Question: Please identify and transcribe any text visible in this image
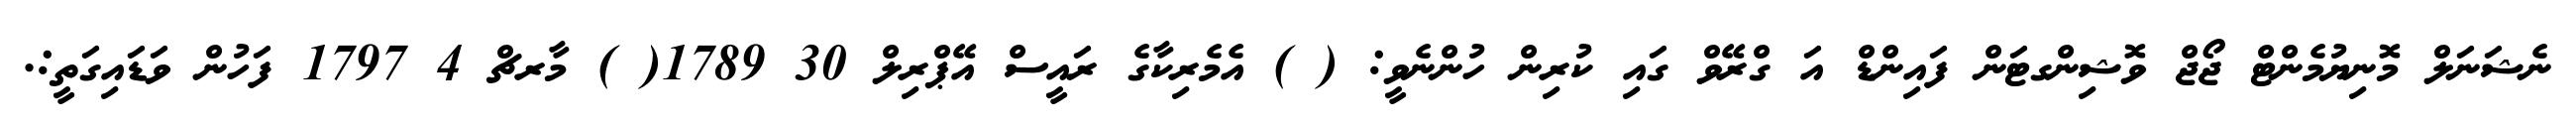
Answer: ނެޝަނަލް މޮނިޔުމެންޓް ޖޯޖް ވޮޝިންގޓަން ފައިންޑް އަ ގްރޭވް ގައި ކުރިން ހުންނެވީ: ( ) އެމެރިކާގެ ރައީސް އޭޕްރިލް 30 1789( ) މާރޗް 4 1797 ފަހުން ވަޑައިގަތީ:.